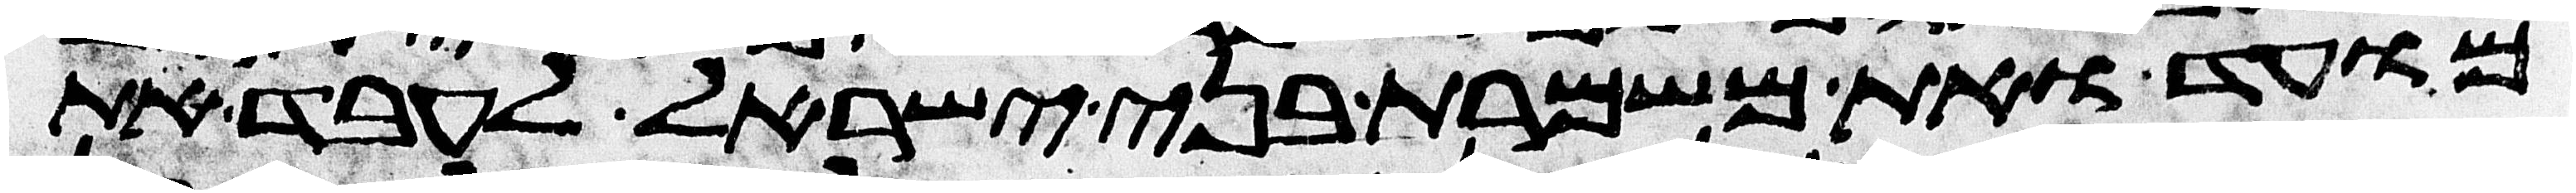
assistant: מועד ואת משמרת בני ישראל לעבד את